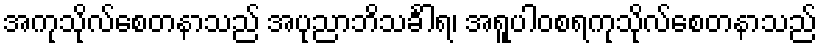
အကုသိုလ်စေတနာသည် အပုညာဘိသင်္ခါရ၊ အရူပါဝစရကုသိုလ်စေတနာသည်